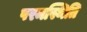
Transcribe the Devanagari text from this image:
परमस्थिति